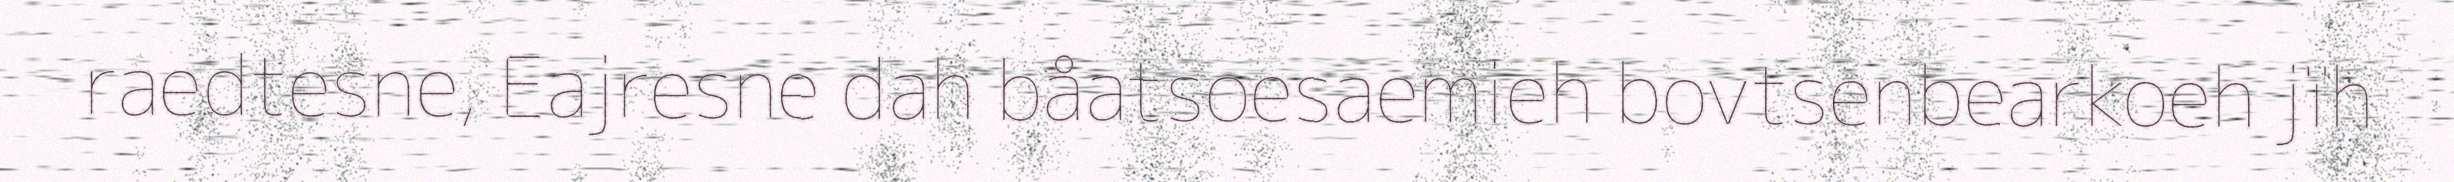
raedtesne, Eajresne dah båatsoesaemieh bovtsenbearkoeh jïh